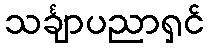
သင်္ချာပညာရှင်